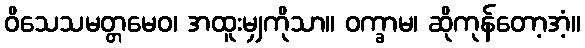
ဝိသေသမတ္တမေဝ၊ အထူးမျှကိုသာ။ ဝက္ခာမ၊ ဆိုကုန်တော့အံ့။